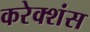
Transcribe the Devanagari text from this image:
करेक्शंस